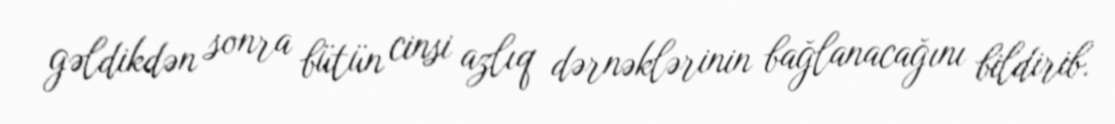
gəldikdən sonra bütün cinsi azlıq dərnəklərinin bağlanacağını bildirib.